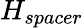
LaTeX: H_{spacer}